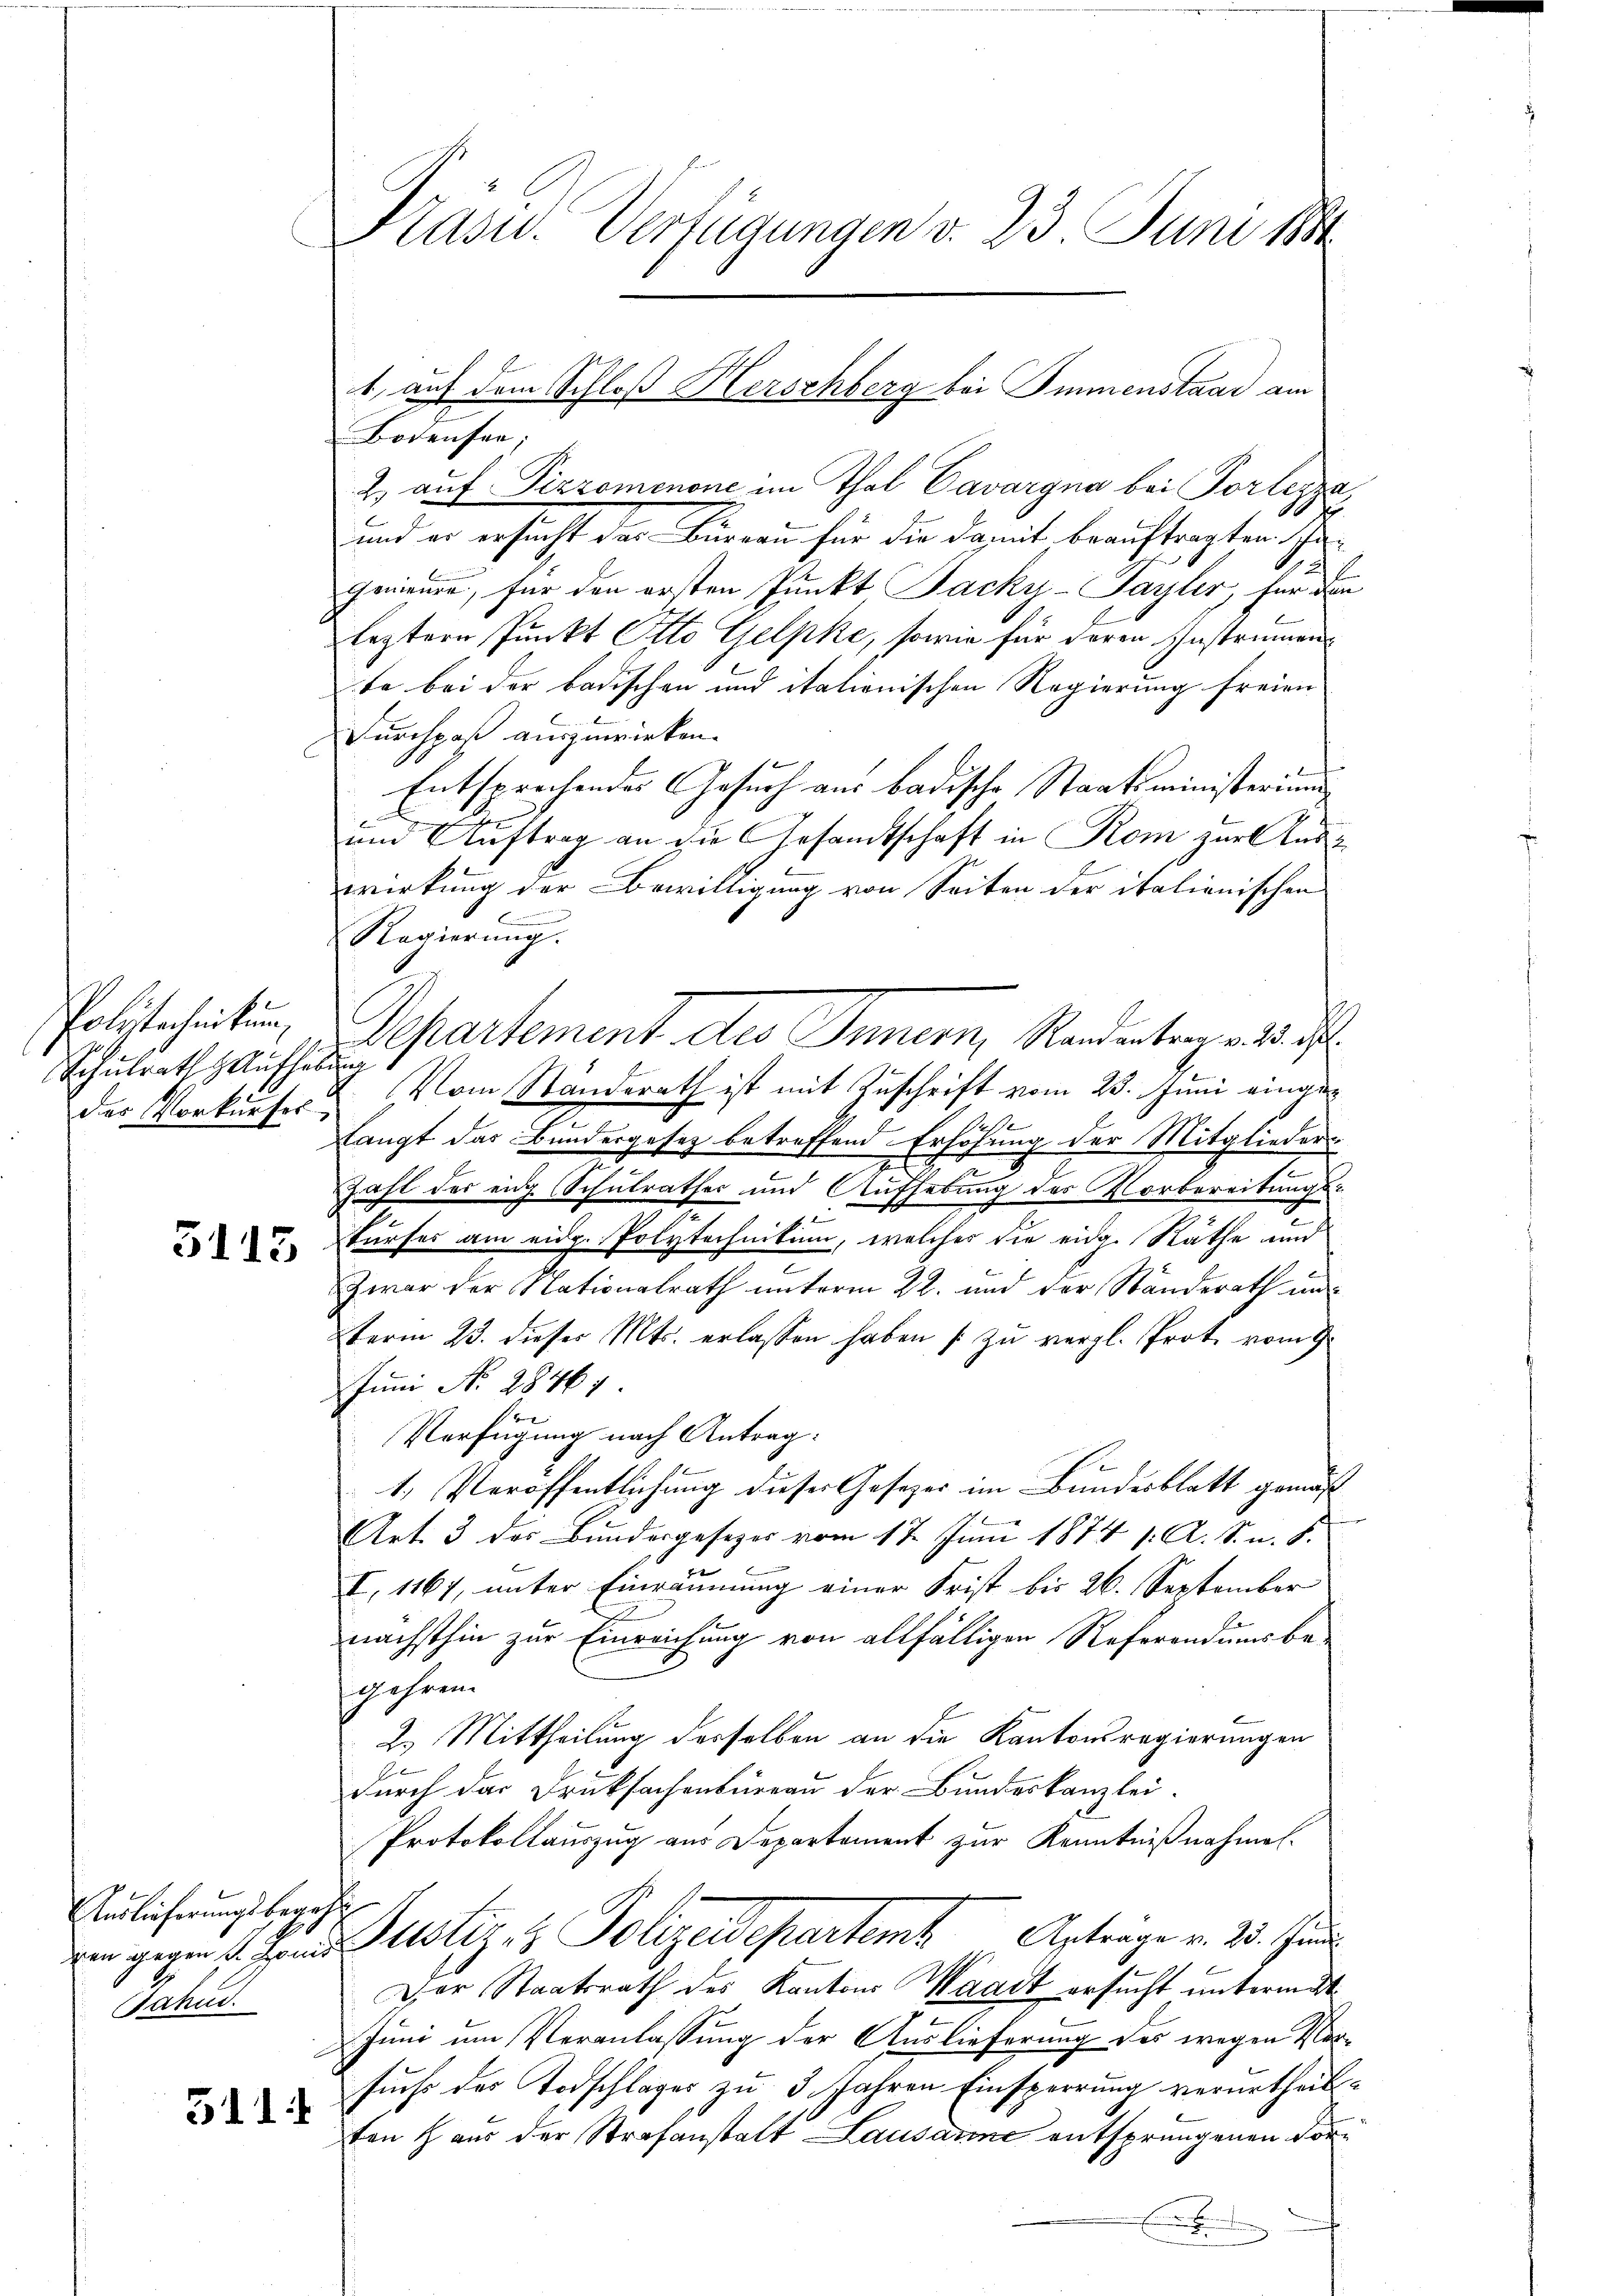
Polytechnikum,
Schulrath Aufhebung

5115

Auslieferungsbegeh
Jahud.

511.

Präsid. Verfügungen v. 23 Juni 188

Bodensen;
2.) auf Pizzomenone im Thal Cavargna bei Portezza,
und er ersucht das Büreau für die damit beauftragten hagenieure, für den ersten Punkt Jacky-Sayler, für den
leztern Punkt Otto Gelpke, sowie für deren Instrumen
te bei der badischen und italionischen Regierung freien
Furchpaß auszuwirken. |
Entsprechendes Gesuch aus badische Staatsministerium
.
um Auftrag an die Gesandtschaft in Rom zur Auswirkung der Bewilligung von Seiten der italienischen

Regierung.
Separtement des Inner, Randertragen d. J.
der Vorkaufer. Vom Standerath ist mit Zuschrift vom 23. Juni eingelangt das Bundergesetz betreffend Erhöhung der Mitglieders
Zahl der eng (Schulrathes und Aufhebung des Vorbereitungs-
E.
turfes am eidg. Polytechnikum, welches die eidg. Räthe und
Zwar der Nationalrath unterm 22. und der Standerath un
term 23. dieser Mts. erlassen haben [zu vergl. Prote vom 9.
Juni No 28461.
Verfügung nach Antrag.
1. Veröffentlichung dieser Gesezes im Bundesblatt gemäß
Art. 3 des Bundesgesezes vom 17. Juni 1874 1. A. S. n. F.
I, 1167, unter Einräumung einer Frist bis 26. September
nächsthin zur Einreichung von allfälligen Referendums be-
gehren.
2.) Mittheilung desselben an die Kantonsregierungen
durch das Drucksachenbureau der Bundeskanzlei-
Protokollauszug aus Departement zur Kenntnißnahmel-
ven gegen 1. Janer Justiz- & Polizeidepartemt. Antrage v. 23. Juni
Dor Staatsrath des Kantons Waadt ersucht untermit
Juni um Veranlassung der Auslieferung des wegen Vorsuchs des Todschlager zu 3 Jahren Einsperrung verurtheilten Haus der Strafanstalt Lausanne entsprungenen Vor¬
E

t, auf dem Schloß Herschberg bei Immenstand am